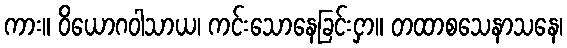
ကား။ ဝိယောဂဝါသာယ၊ ကင်းသောနေခြင်းငှာ။ တထာစသေနာသနေ၊